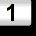
Digit: 1